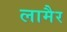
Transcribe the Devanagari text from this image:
लामैर